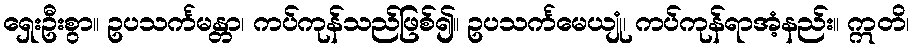
ရှေးဦးစွာ။ ဥပသင်္ကမန္တာ၊ ကပ်ကုန်သည်ဖြစ်၍။ ဥပသင်္ကမေယျုံ၊ ကပ်ကုန်ရာအံ့နည်း။ ဣတိ၊